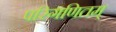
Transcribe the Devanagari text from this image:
परिगणितम्